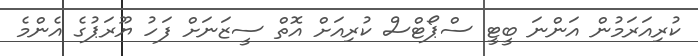
ކުރިއަރަމުން އަންނަ ބީޓީ ސްޕޯޓްސް ކުރިއަށް އޮތް ސީޒަނަށް ފަހު ޔޫރަޕުގެ އެންމެ